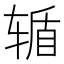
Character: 𮝸